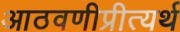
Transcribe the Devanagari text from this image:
आठवणीप्रीत्यर्थ